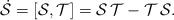
LaTeX: \begin{align*} \dot{{\mathcal S}} = [{\mathcal S},{\mathcal T}] = {\mathcal S}\,{\mathcal T} - {\mathcal T}\,{\mathcal S}.\end{align*}